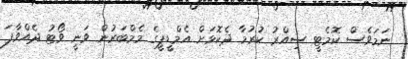
ނަމަވެސް ކޮމެޓީ ސިއްރު ކުރުމާ ދެކޮޅަށް އެމްޑީޕީގެ މެމްބަރުން ވަނީ ވޯޓު ދެއްވާފަ